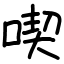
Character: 喫